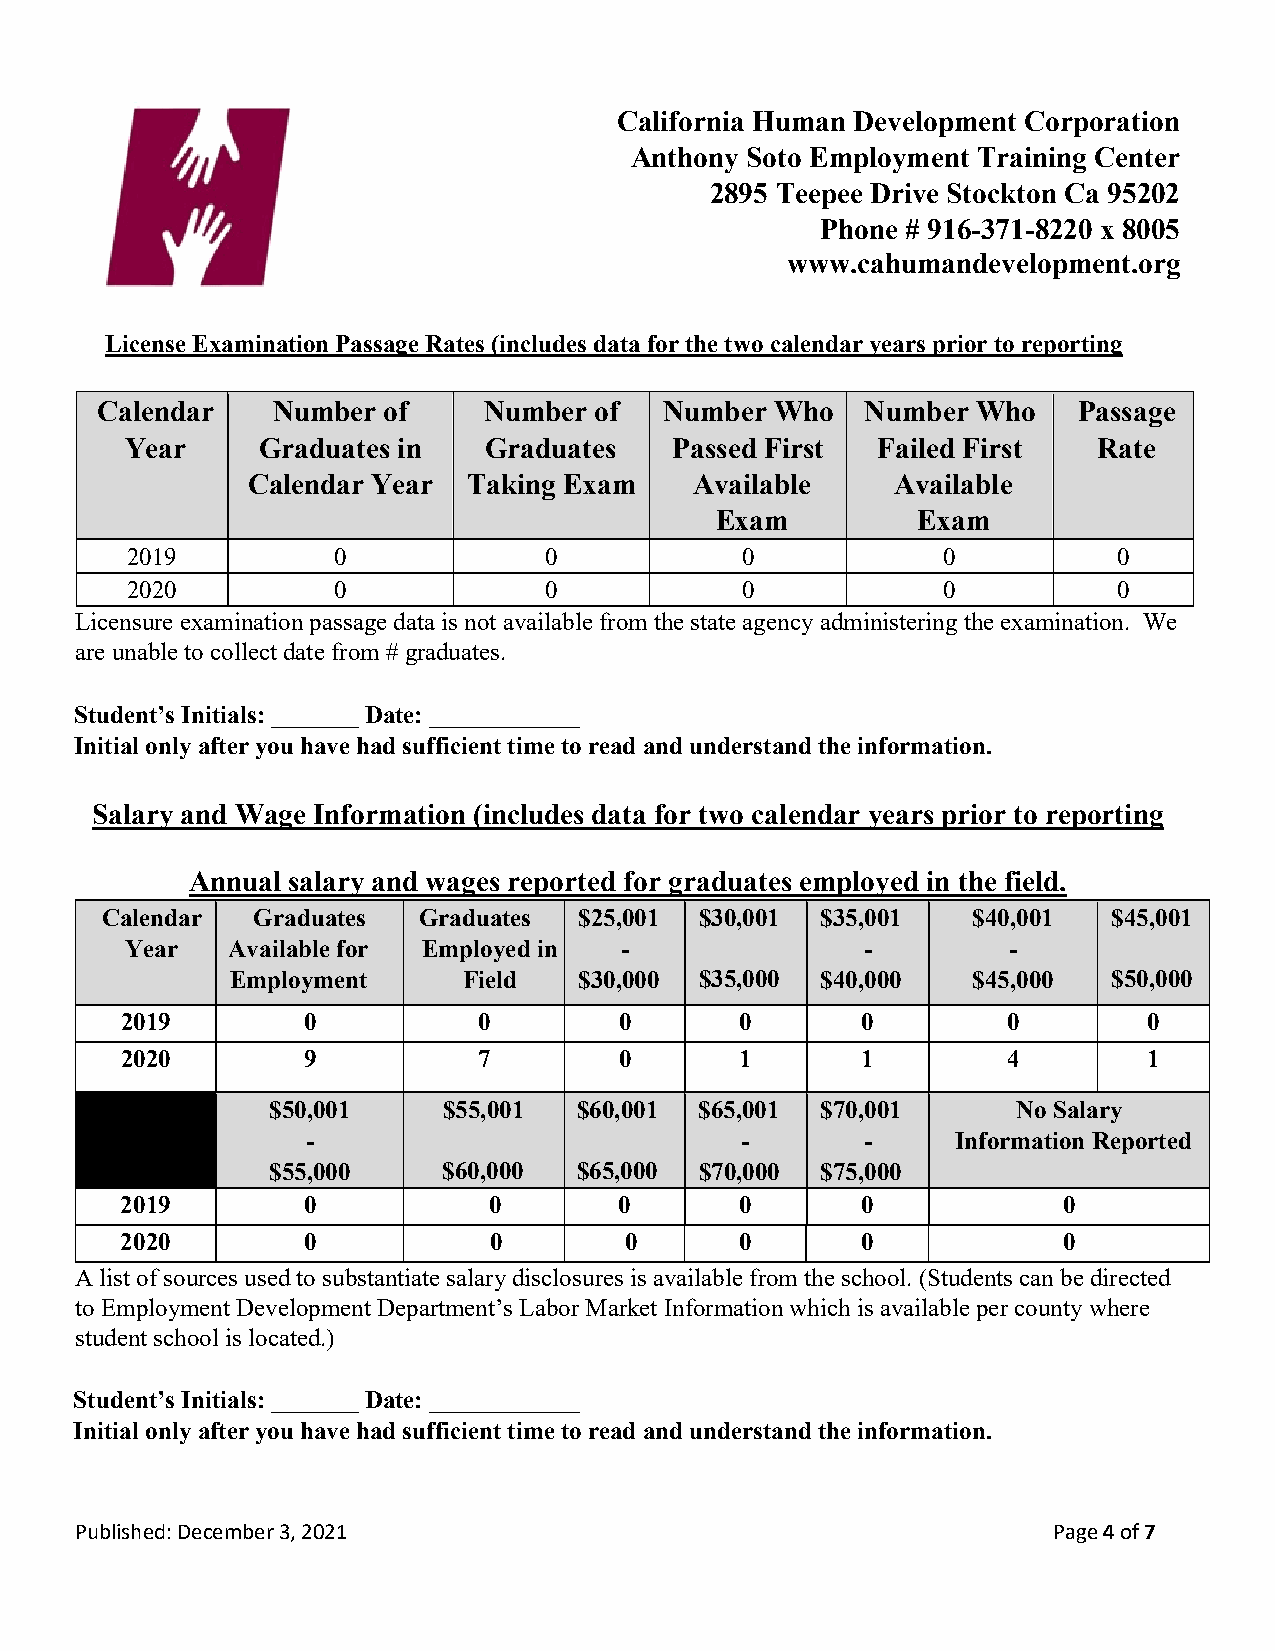
California Human Development Corporation
 Anthony Soto Employment Training Center
 2895 Teepee Drive Stockton Ca 95202
 Phone # 916-371-8220 x 8005
 www.cahumandevelopment.org
 License Examination Passage Rates (includes data for the two calendar years prior to reporting
 Calendar    Number of     Number of   Number Who   Number  Who   Passage
 Year     Graduates in   Graduates    Passed First Failed First   Rate
 Calendar Year  Taking Exam    Available    Available
 Exam          Exam
 2019          0             0            0            0           0
 2020          0             0            0            0           0
 Licensure examination passage data is not available from the state agency administering the examination. We
 are unable to collect date from # graduates.
 Student’s Initials: _______ Date: ____________
 Initial only after you have had sufficient time to read and understand the information.
 Salary and Wage Information (includes data for two calendar years prior to reporting
 Annual salary and wages reported for graduates employed in the field.
 Calendar  Graduates  Graduates $25,001 $30,001 $35,001   $40,001   $45,001
 Year   Available for Employed in -               -         -
 Employment      Field  $30,000 $35,000 $40,000   $45,000   $50,000
 2019        0           0        0       0       0         0        0
 2020        9           7        0       1       1         4        1
 $50,001    $55,001  $60,001 $65,001 $70,001      No Salary
 -                            -       -     Information Reported
 $55,000    $60,000  $65,000 $70,000 $75,000
 2019        0           0        0       0       0            0
 2020        0           0        0       0       0            0
 A list of sources used to substantiate salary disclosures is available from the school. (Students can be directed
 to Employment Development Department’s Labor Market Information which is available per county where
 student school is located.)
 Student’s Initials: _______ Date: ____________
 Initial only after you have had sufficient time to read and understand the information.
 Published: December 3, 2021                                      Page 4 of 7